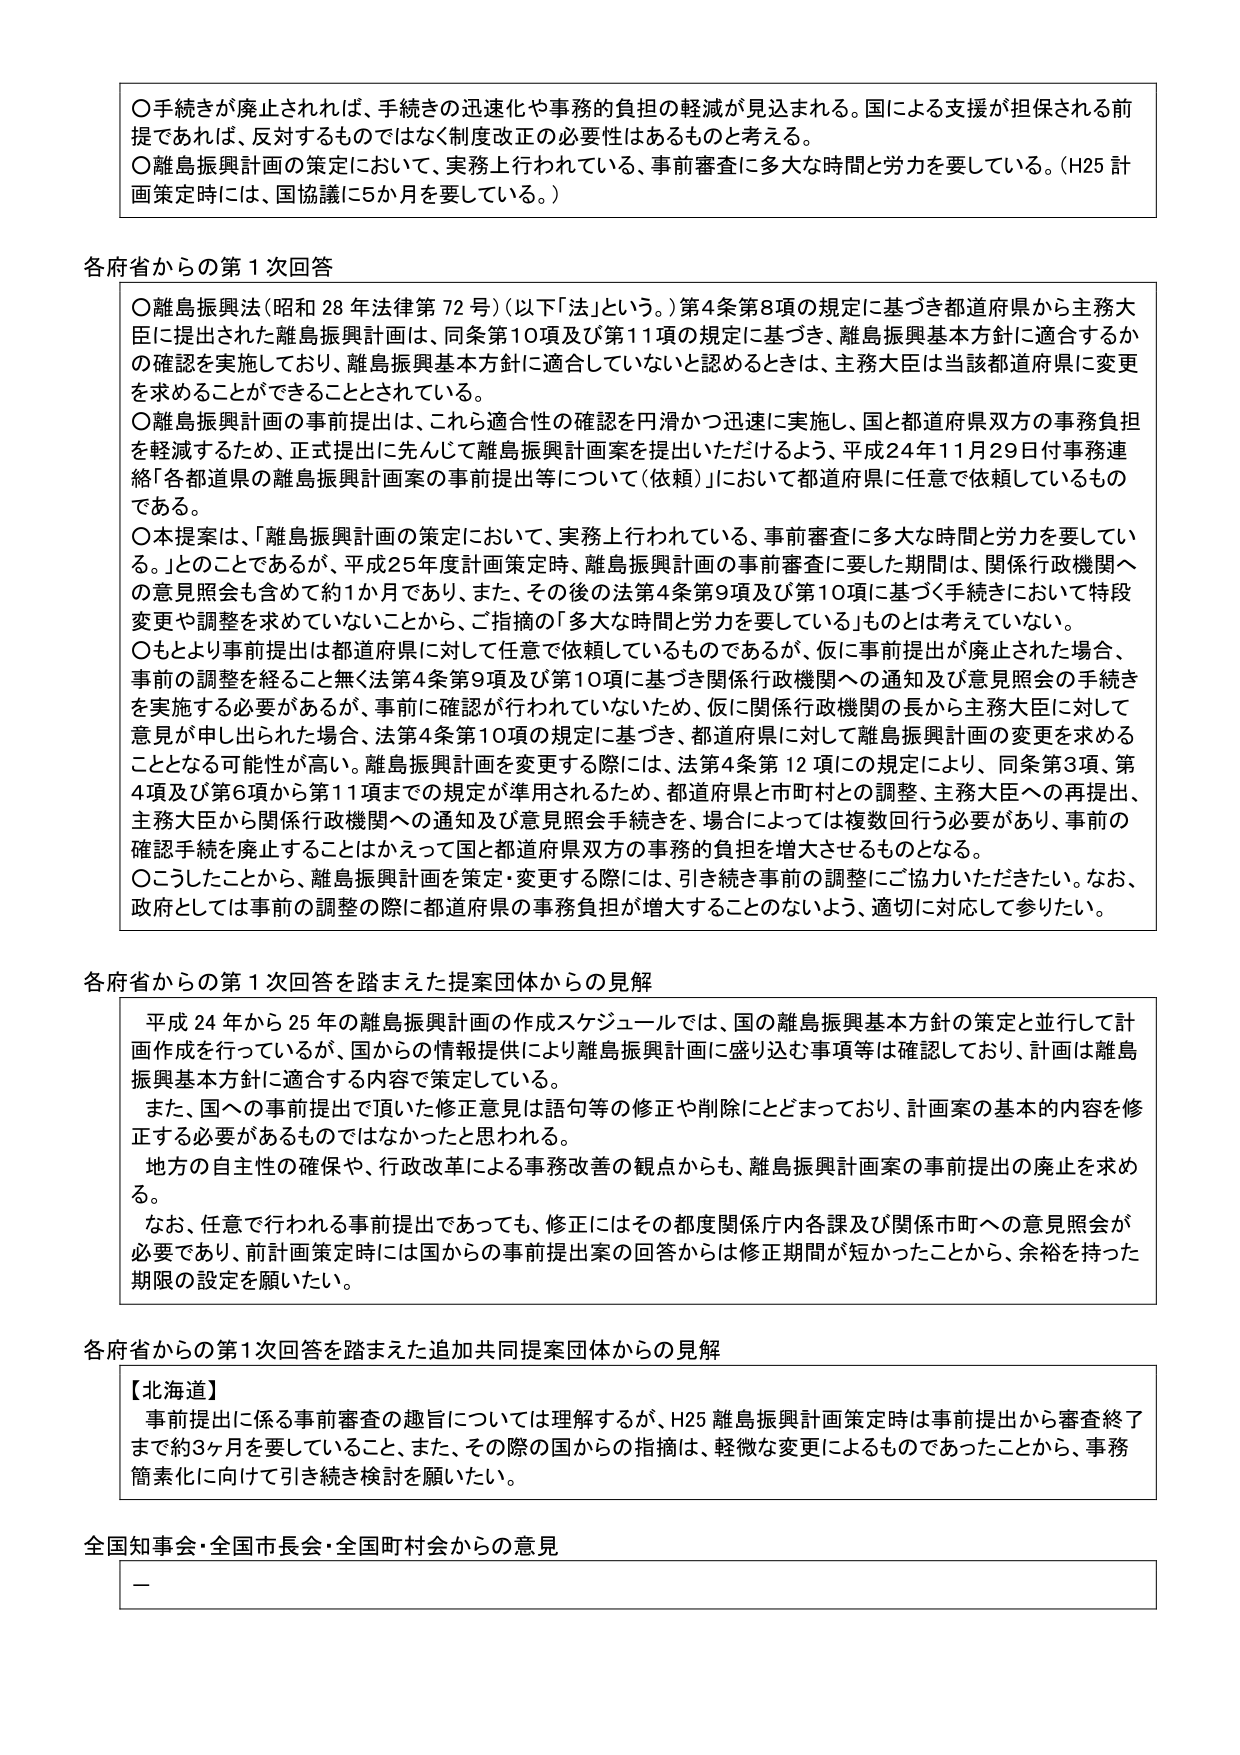
○手続きが廃止されれば、手続きの迅速化や事務の負担の軽減が見込まれる。国による支援が担保される前提であれば、反対するものではなく制度改正の必要性はあるものと考える。
○離島振興計画の策定において、実務上行われている、事前審査に多大な時間と労力を要している。（H25 計画策定時には、国協議に5か月を要している。）

各府省からの第1次回答
○離島振興法（昭和28年法律第72号）（以下「法」という。）第4条第8項の規定に基づき都道府県から主務大臣に提出された離島振興計画は、同条第10項及び第11項の規定に基づき、離島振興基本方針に適合するかの確認を実施しており、離島振興基本方針に適合していないと認めるときは、主務大臣は当該都道府県に変更を求めることができることとされている。
○離島振興計画の事前提出は、これら適合性の確認を円滑かつ迅速に実施し、国と都道府県双方の事務負担を軽減するため、正式提出に先んじて離島振興計画案を提出いただけるよう、平成24年11月29日付事務連絡「各都道府県の離島振興計画案の事前提出等について（依頼）」において都道府県に任意で依頼しているものである。
○本提案は、「離島振興計画の策定において、実務上行われている、事前審査に多大な時間と労力を要している。」とのことであるが、平成25年度計画策定時、離島振興計画の事前審査に要した期間は、関係行政機関への意見照会も含めて約1か月であり、また、その後の法第4条第9項及び第10項に基づく手続きにおいて特段変更や調整を求めていないことから、ご指摘の「多大な時間と労力を要している」ものとは考えていない。
○もとより事前提出は都道府県に対して任意で依頼しているものであるが、仮に事前提出が廃止された場合、事前の調整を経ること無く法第4条第9項及び第10項に基づき関係行政機関への通知及び意見照会の手続きを実施する必要があるが、事前に確認が行われていないため、仮に関係行政機関の長から主務大臣に対して意見が申し出られた場合、法第4条第10項の規定に基づき、都道府県に対して離島振興計画の変更を求めることがなる可能性が高い。離島振興計画を変更する際には、法第4条第12項の規定により、同条第3項、第4項及び第6項から第11項までの規定が準用されるため、都道府県と市町村との調整、主務大臣への再提出、主務大臣から関係行政機関への通知及び意見照会手続きを、場合によっては複数回行う必要があり、事前の確認手続を廃止することはかえって国と都道府県双方の事務的負担を増大させるものとなる。
○こうしたことから、離島振興計画を策定・変更する際には、引き続き事前の調整にご協力いただきたい。なお、政府としては事前の調整の際に都道府県の事務負担が増大することのないよう、適切に対応して参りたい。

各府省からの第1次回答を踏まえた提案団体からの見解
平成24年から25年の離島振興計画の作成スケジュールでは、国の離島振興基本方針の策定と並行して計画作成を行っているが、国からの情報提供により離島振興計画に盛り込む事項等は確認しており、計画は離島振興基本方針に適合する内容で策定している。
また、国への事前提出で頂いた修正意見は語句等の修正や削除にとどまっており、計画案の基本的内容を修正する必要があるものではなかったと思われる。
地方の自主性の確保や、行政改革による事務改善の観点からも、離島振興計画案の事前提出の廃止を求める。
なお、任意で行われる事前提出であっても、修正にはその都度関係庁内各課及び関係市町への意見照会が必要であり、前計画策定時には国からの事前提出案の回答からは修正期間が短かったことから、余裕を持った期限の設定を願いたい。

各府省からの第1次回答を踏まえた追加共同提案団体からの見解
【北海道】
事前提出に係る事前審査の趣旨については理解するが、H25離島振興計画策定時は事前提出から審査終了まで約3ヶ月を要していること、また、その際の国からの指摘は、軽微な変更によるものであったことから、事務簡素化に向けて引き続き検討を願いたい。

全国知事会・全国市長会・全国町村会からの意見
－